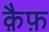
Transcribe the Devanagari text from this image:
क़ैफ़